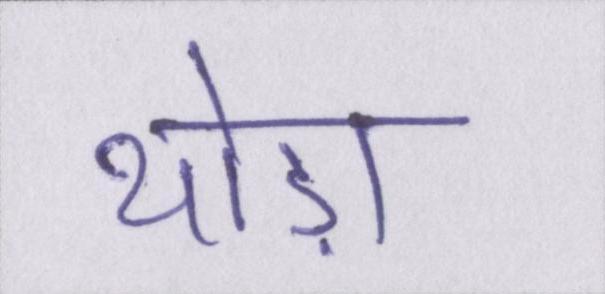
थोड़ा